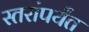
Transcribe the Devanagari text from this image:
स्तरांपर्यंत